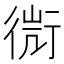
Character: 𧗬